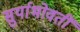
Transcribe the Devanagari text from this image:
सुर्याभोवतीं